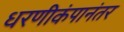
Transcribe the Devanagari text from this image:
धरणीकंपानंतर